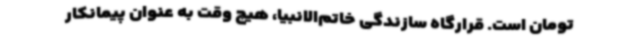
تومان است. قرارگاه سازندگی خاتم‌الانبیا، هیچ وقت به عنوان پیمانکار